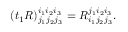
( t _ { 1 } R ) _ { j _ { 1 } j _ { 2 } j _ { 3 } } ^ { i _ { 1 } i _ { 2 } i _ { 3 } } = R _ { i _ { 1 } j _ { 2 } j _ { 3 } } ^ { j _ { 1 } i _ { 2 } i _ { 3 } } .